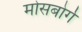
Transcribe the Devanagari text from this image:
मोसबोर्ग